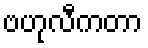
ဗဟုလီကတာ